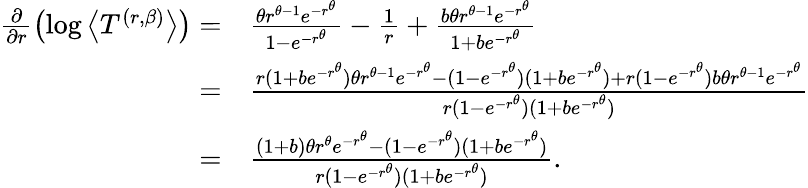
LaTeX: \begin{array}{rl}{\frac{\partial}{\partial r}\left(\log\left\langle T^{(r,\beta)}\right\rangle\right)=}&{\frac{\theta r^{\theta-1}e^{-r^{\theta}}}{1-e^{-r^{\theta}}}-\frac{1}{r}+\frac{b\theta r^{\theta-1}e^{-r^{\theta}}}{1+be^{-r^{\theta}}}}\\ {=}&{\frac{r(1+be^{-r^{\theta}})\theta r^{\theta-1}e^{-r^{\theta}}-(1-e^{-r^{\theta}})(1+be^{-r^{\theta}})+r(1-e^{-r^{\theta}})b\theta r^{\theta-1}e^{-r^{\theta}}}{r(1-e^{-r^{\theta}})(1+be^{-r^{\theta}})}}\\ {=}&{\frac{(1+b)\theta r^{\theta}e^{-r^{\theta}}-(1-e^{-r^{\theta}})(1+be^{-r^{\theta}})}{r(1-e^{-r^{\theta}})(1+be^{-r^{\theta}})}.}\end{array}